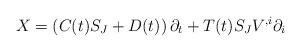
LaTeX: \begin{align*}X=\left( C(t)S_{J}+D(t)\right) \partial_{t}+T(t)S_{J}V^{,i}\partial_{i}\end{align*}